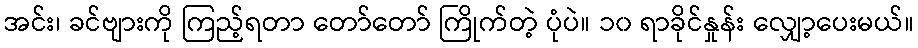
အင်း၊ ခင်ဗျားကို ကြည့်ရတာ တော်တော် ကြိုက်တဲ့ ပုံပဲ။ ၁၀ ရာခိုင်နှုန်း လျှော့ပေးမယ်။